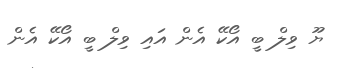
ޔޫ ވިލް ބީ އޯކޭ އެން އައި ވިލް ބީ އޯކޭ އެން